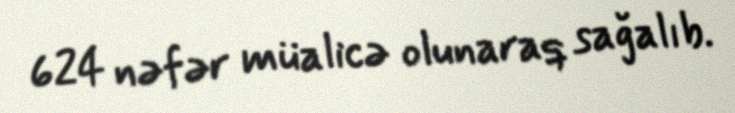
624 nəfər müalicə olunaraq sağalıb.